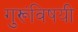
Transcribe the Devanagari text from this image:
गुरूंविषयी